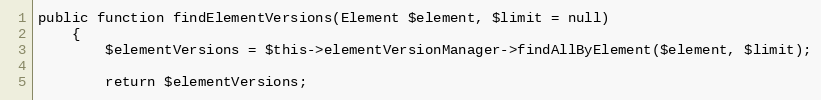
Language: PHP
public function findElementVersions(Element $element, $limit = null)
    {
        $elementVersions = $this->elementVersionManager->findAllByElement($element, $limit);

        return $elementVersions;